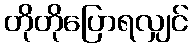
တိုတိုပြောရလျှင်